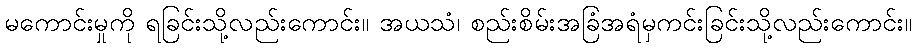
မကောင်းမှုကို ရခြင်းသို့လည်းကောင်း။ အယသံ၊ စည်းစိမ်းအခြံအရံမှကင်းခြင်းသို့လည်းကောင်း။